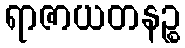
ရာဇာယတနဉ္စ